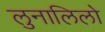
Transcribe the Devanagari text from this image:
लुनालिलो